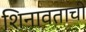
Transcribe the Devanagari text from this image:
शिनावताची